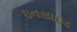
ઇનસાઇડ